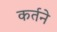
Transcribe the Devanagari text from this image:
कर्तने